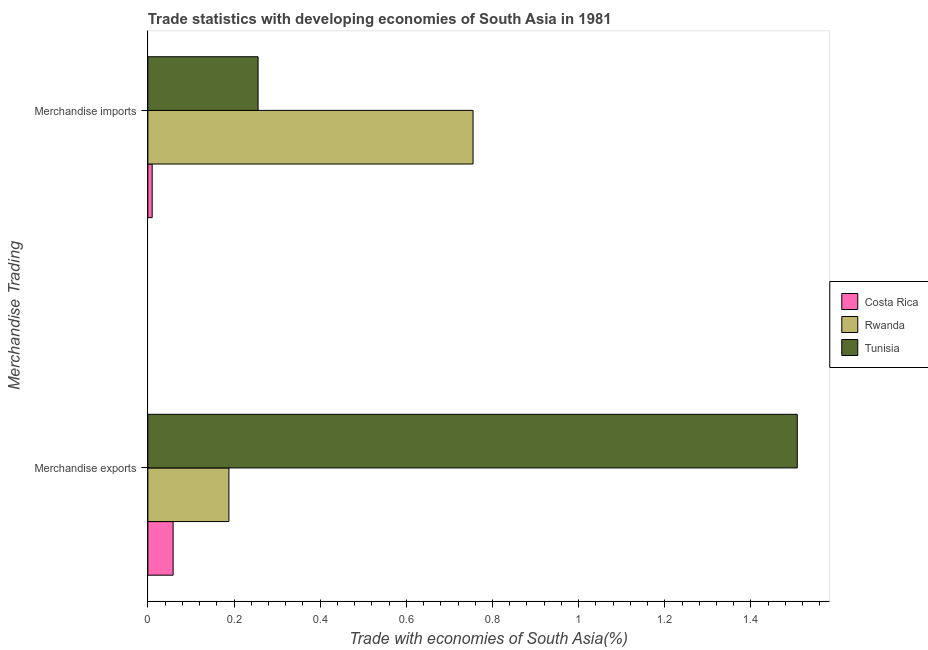
| Merchandise Trading | Costa Rica | Rwanda | Tunisia |
 | --- | --- | --- | --- |
 | Merchandise exports | 0.0586 | 0.188 | 1.51 |
 | Merchandise imports | 0.01 | 0.755 | 0.256 |